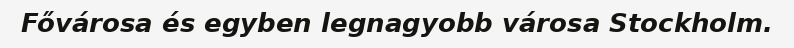
Fővárosa és egyben legnagyobb városa Stockholm.